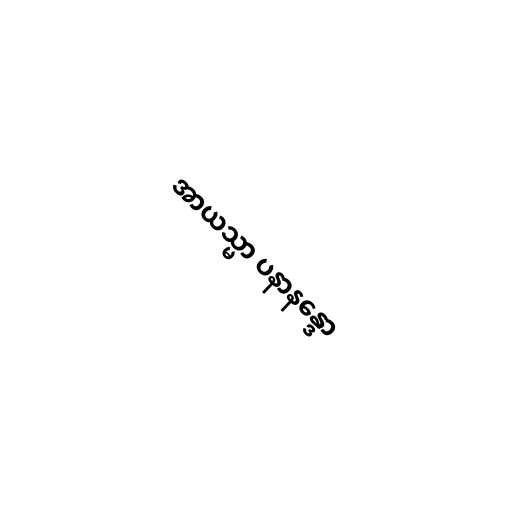
အာယသ္မာ ပနာနန္ဒော